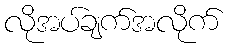
လိုအပ်ချက်အလိုက်